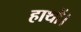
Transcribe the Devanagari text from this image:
हाथों।